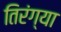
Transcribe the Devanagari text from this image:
तिरंग्या